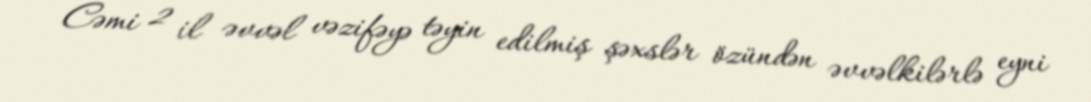
Cəmi 2 il əvvəl vəzifəyə təyin edilmiş şəxslər özündən əvvəlkilərlə eyni